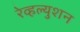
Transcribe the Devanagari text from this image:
रेव्हल्युशन